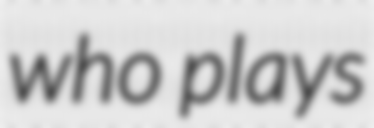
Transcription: who plays